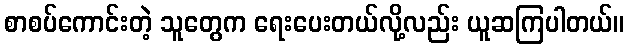
စာစပ်ကောင်းတဲ့ သူတွေက ရေးပေးတယ်လို့လည်း ယူဆကြပါတယ်။